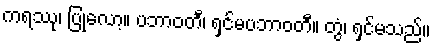
ကရဿု၊ ပြုလော့။ ပဘာဝတီ၊ ရှင်မပဘာဝတီ။ တွံ၊ ရှင်မသည်။